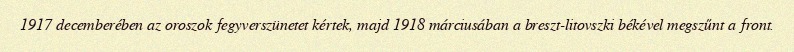
1917 decemberében az oroszok fegyverszünetet kértek, majd 1918 márciusában a breszt-litovszki békével megszűnt a front.